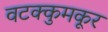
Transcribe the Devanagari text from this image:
वटक्कुमकूर